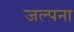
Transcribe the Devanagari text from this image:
जल्पना